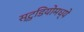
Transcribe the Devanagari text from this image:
स्टु़डियोमध्ये